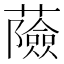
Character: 𧂹